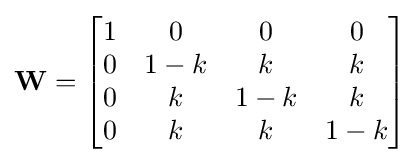
\mathbf {W} ={\begin{bmatrix}1&0&0&0\\0&1-k&k&k\\0&k&1-k&k\\0&k&k&1-k\end{bmatrix}}